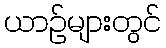
ယာဉ်များတွင်